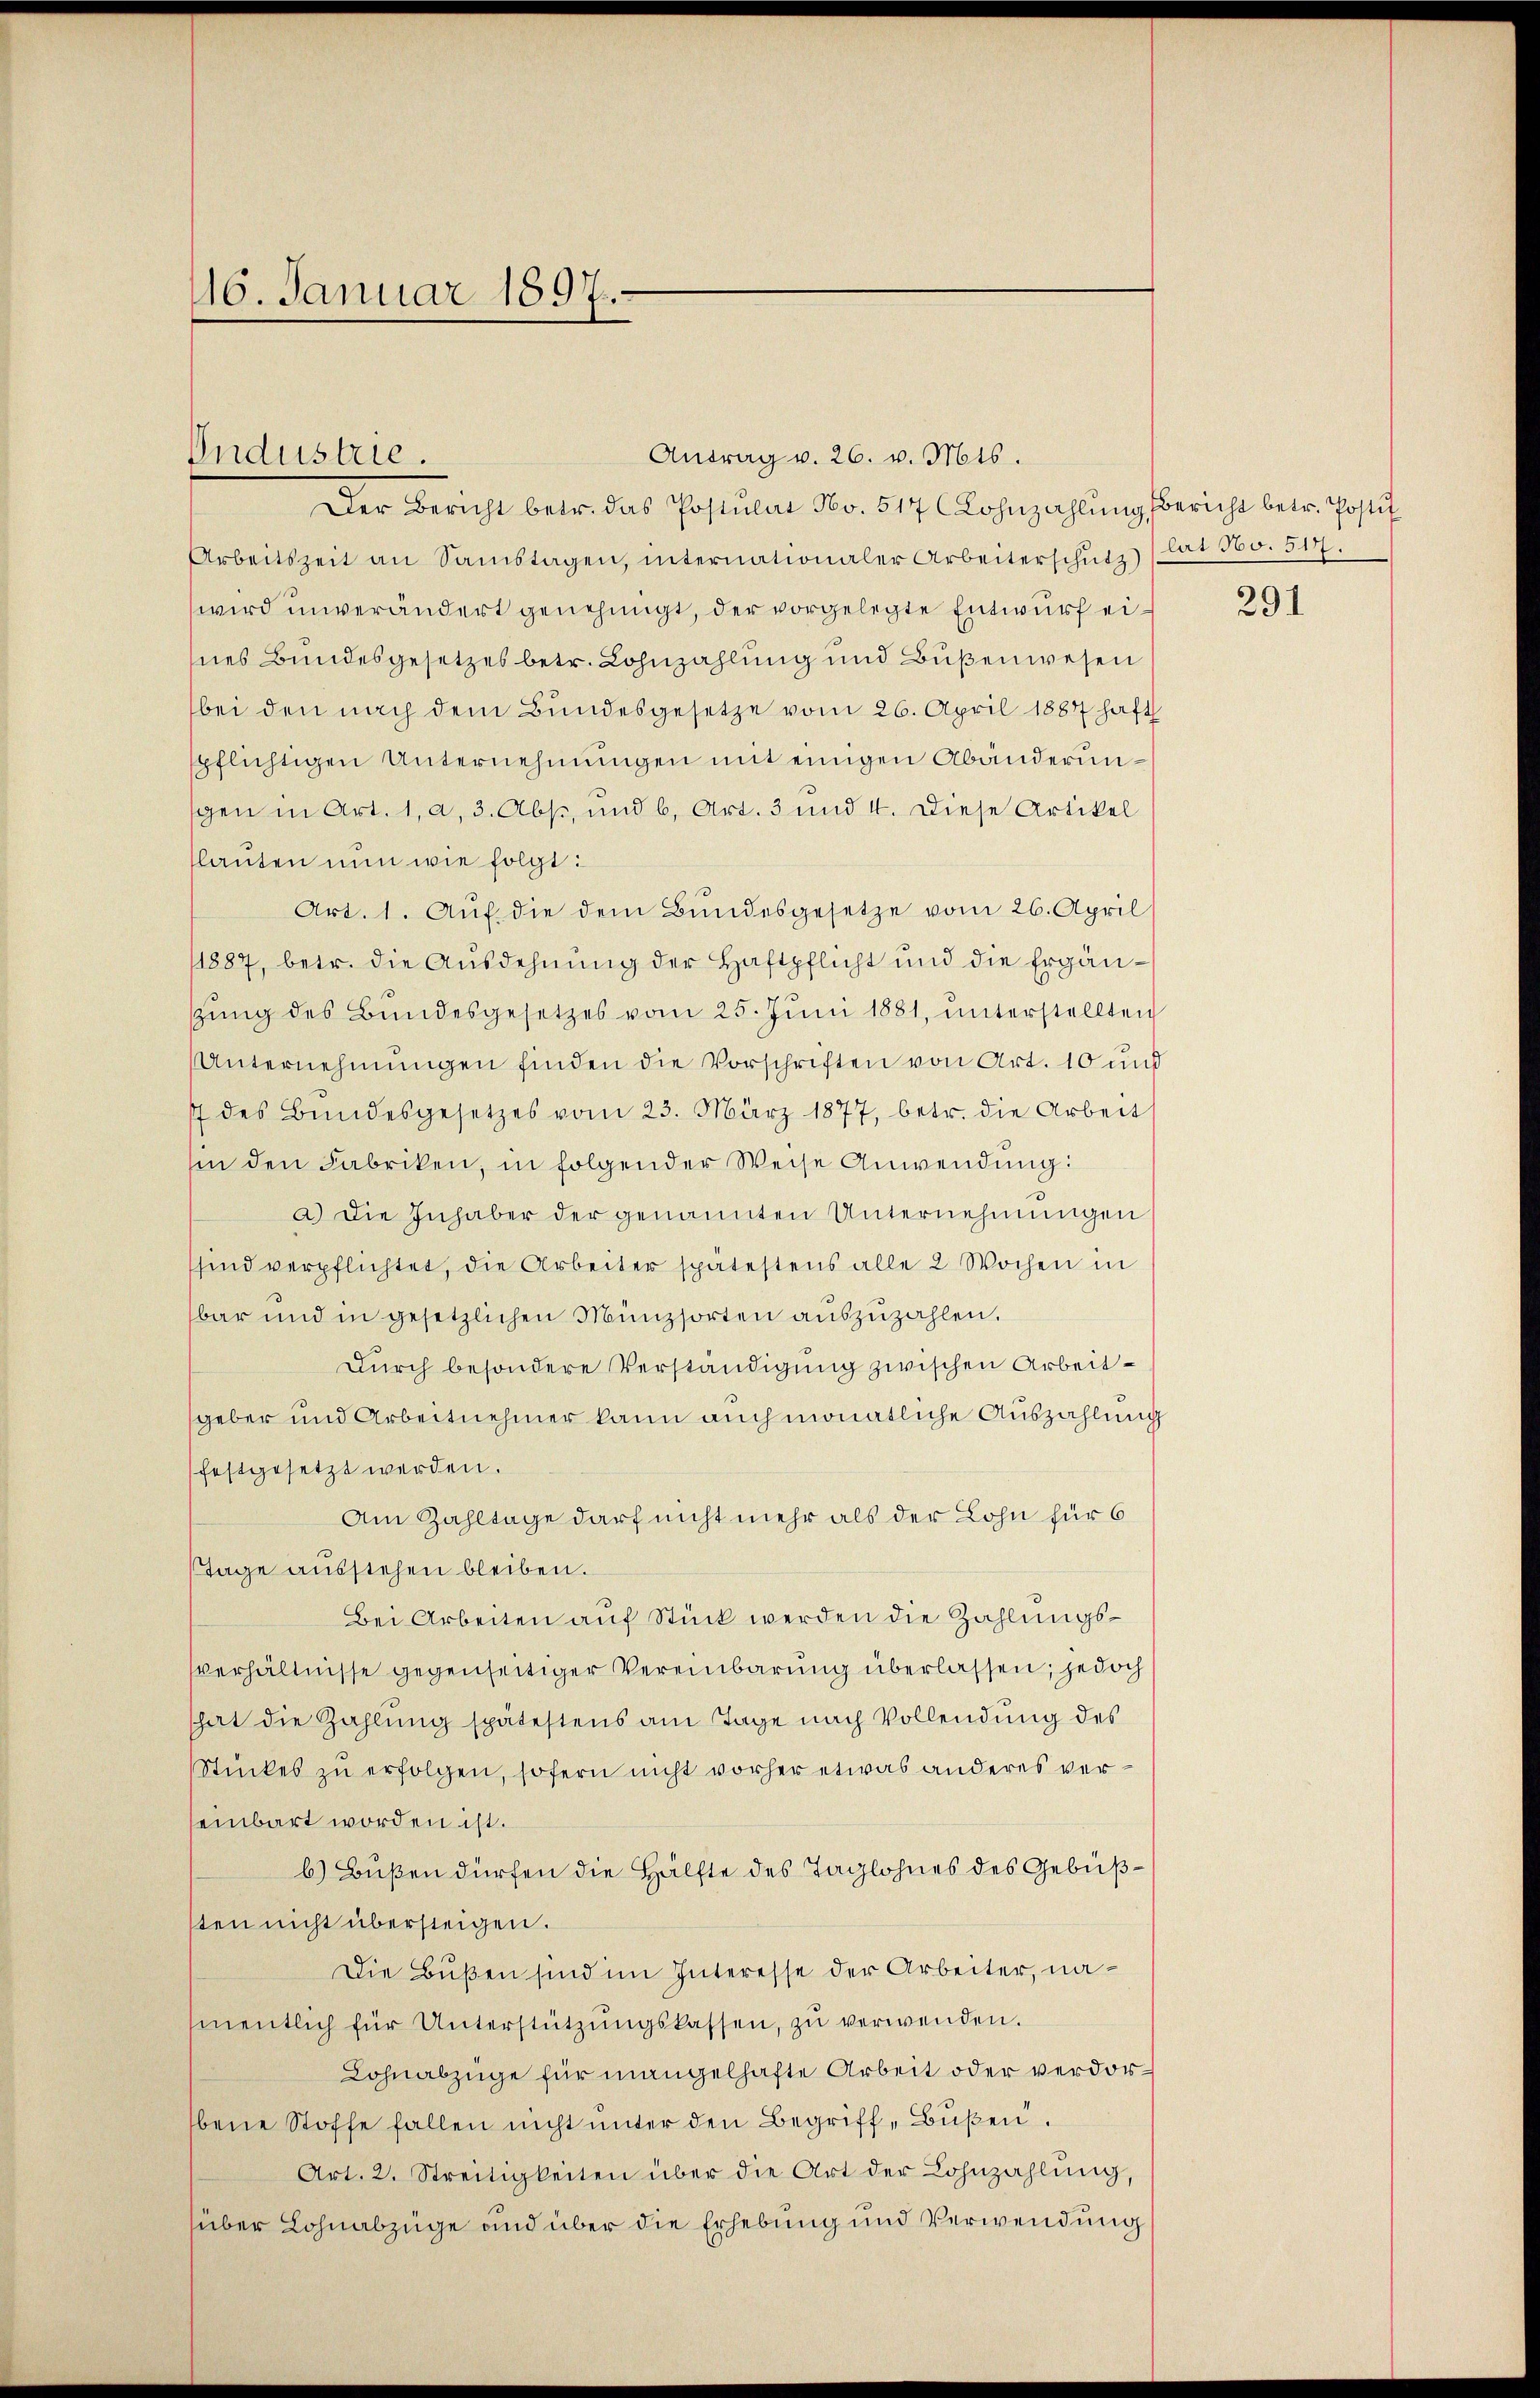
16. Januar 1897.

Antrag v. 26. v. Mts.
Der Bericht betr. das Postulat No. 517 (Lohnzahlŭng, Bericht betr. Postif
Arbeitszeit an Samstagen, internationaler Arbeiterschŭtz (lat No. 517.
wird unverändert genehmigt, der vorgelegte Entwurf eines Bundesgesetzes betr. Lohnzahlung und Bußenwesen
bei den nach dem Bundesgesetze vom 26. April 1887 haft
pflichtigen Unternehmungen mit einigen Abänderungen in Art. 1, a, 3. Abst, und 6, Art. 3 und 4. Diese Artikel
lauten nun wie folgt:
Art. 1. Aŭf die dem Bŭndesgesetze vom 26. April
1887, betr. die Ausdehnung der Haftpflicht und die Ergänsung des Bundesgesetzes vom 25. Juni 1881, unterstellten
Unternehmungen finden die Vorschriften von Art. 10 und
17 des Bundesgesetzes vom 23. März 1877, betr. die Arbeit
sin den Fabriken, in folgender Weise Anwendung:
a.) Die Inhaber der genannten Unternehmungen
sind verpflichtet, die Arbeiter spätestens alle 2 Wochen in
bar und in gesetzlichen Münzsorten auszuzahlen.
Durch besondere Verständigung zwischen Arbeitgeber und Arbeitnehmer kann auch monatliche Auszahlung
festgesetzt werden.
Am Zahltage darf nicht mehr als der Lohn für 6
Tage ausstehen bleiben.
Bei Arbeiten auf Stück werden die Zahlungssverhältnisse gegenseitiger Vereinbarung überlassen; jedoch
that die Zahlung spätestens am Tage nach Vollendung des
Stückes zu erfolgen, sofern nicht vorher etwas anderes verseinbart worden ist.
b) Bußen dürfen die Hälfte des Taglohnes des Gebüßsten nicht übersteigen.
Die Bußen sind im Interesse der Arbeiter, nasmentlich für Unterstützŭngskassen, zŭ verwenden.
Lohnabzüge für mangelhafte Arbeit oder verdorbene Stoffe fallen nicht unter den Begriff- Bußen.
Art. 2. Streitigkeiten über die Art der Lohnzahlung,
süber Lohnabzüge und über die Erhebung und Verwendung

Industrie.

291